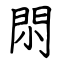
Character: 𨳒